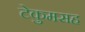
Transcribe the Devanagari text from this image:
टेकुमसह